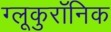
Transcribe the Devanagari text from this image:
ग्लूकुरॉनिक